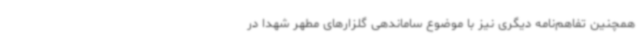
همچنین تفاهم‌نامه دیگری نیز با موضوع ساماندهی گلزارهای مطهر شهدا در